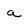
Character: a